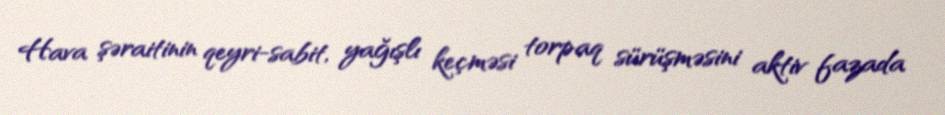
Hava şəraitinin qeyri-sabit, yağışlı keçməsi torpaq sürüşməsini aktiv fazada